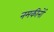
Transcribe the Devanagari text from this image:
नमकीनों